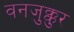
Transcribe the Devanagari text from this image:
वनजुक्कुर